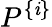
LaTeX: P^{\{ \mathit{i}\} }